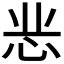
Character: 𭜝